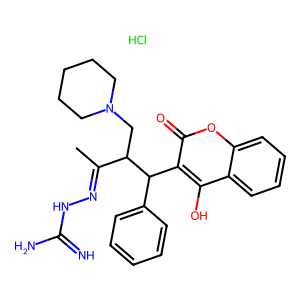
SMILES: CC(=NNC(=N)N)C(CN1CCCCC1)C(c1ccccc1)c1c(O)c2ccccc2oc1=O.Cl
Inhibits HIV replication: No